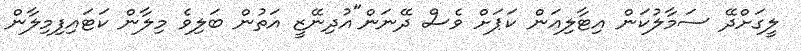
ލީގަށްދޭ ސަމާލުކަން އިޓާލިއަން ކަޕަށް ވެސް ދޭނަން"އުދިނޭޒީ އަތުން ބަލިވެ މިލާން ކަޓައިފިމިލާން